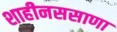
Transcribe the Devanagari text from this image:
शाहीनससाणा